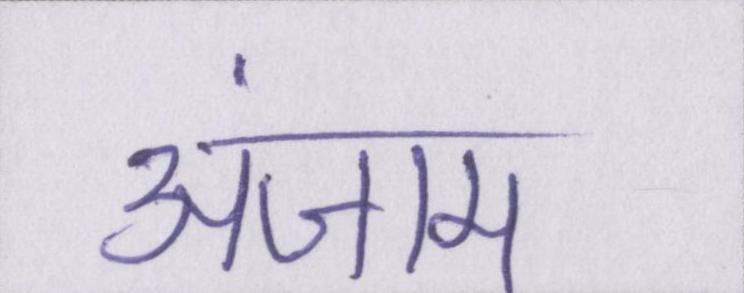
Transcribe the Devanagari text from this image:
अंजाम